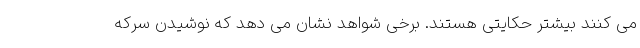
می کنند بیشتر حکایتی هستند. برخی شواهد نشان می دهد که نوشیدن سرکه